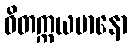
ဝိတက္ကယမာနော